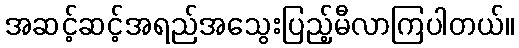
အဆင့်ဆင့်အရည်အသွေးပြည့်မီလာကြပါတယ်။